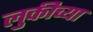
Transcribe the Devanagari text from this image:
लुकीच्या